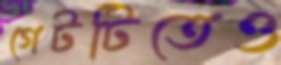
গেটটিতেও